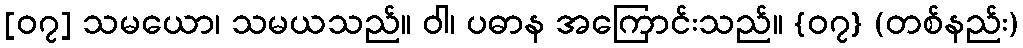
[၀၇] သမယော၊ သမယသည်။ ဝါ၊ ပဓာန အကြောင်းသည်။ {၀၇} (တစ်နည်း)